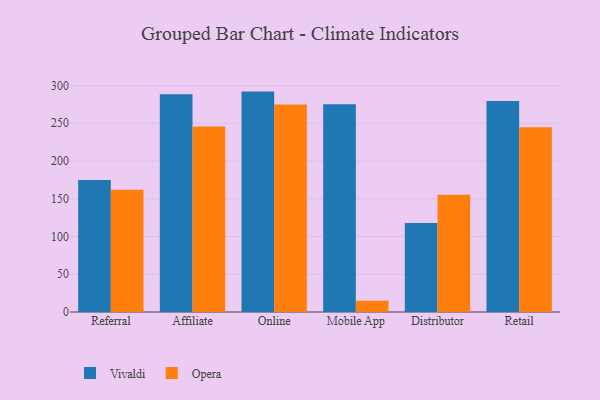
{"axis": {"x": "Channel", "y": "Headcount"}, "legend": ["Opera", "Vivaldi"], "data": [{"x": "Referral", "y": 174.7, "type": "Vivaldi"}, {"x": "Referral", "y": 161.8, "type": "Opera"}, {"x": "Affiliate", "y": 288.3, "type": "Vivaldi"}, {"x": "Affiliate", "y": 245.7, "type": "Opera"}, {"x": "Online", "y": 291.9, "type": "Vivaldi"}, {"x": "Online", "y": 274.7, "type": "Opera"}, {"x": "Mobile App", "y": 275.0, "type": "Vivaldi"}, {"x": "Mobile App", "y": 14.8, "type": "Opera"}, {"x": "Distributor", "y": 118.0, "type": "Vivaldi"}, {"x": "Distributor", "y": 155.2, "type": "Opera"}, {"x": "Retail", "y": 279.6, "type": "Vivaldi"}, {"x": "Retail", "y": 244.6, "type": "Opera"}]}